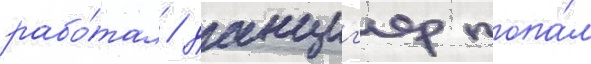
рабо́тал / данциг'ер попа́л